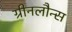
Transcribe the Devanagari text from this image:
ग्रीनलौन्स